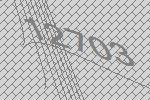
12703